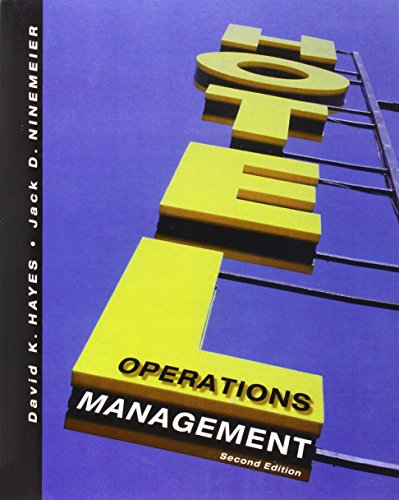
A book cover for Hotel Operations Management; David K. Hayes; Business & Money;